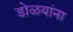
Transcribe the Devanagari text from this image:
डोळयांना